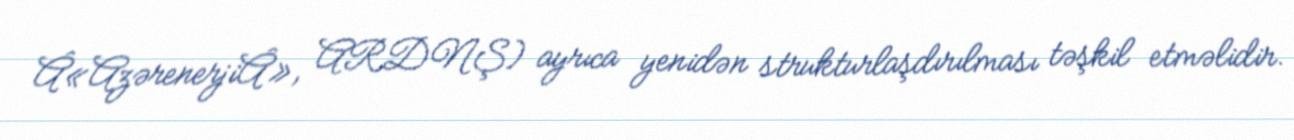
Â«AzərenerjiÂ», ARDNŞ) ayrıca yenidən strukturlaşdırılması təşkil etməlidir.